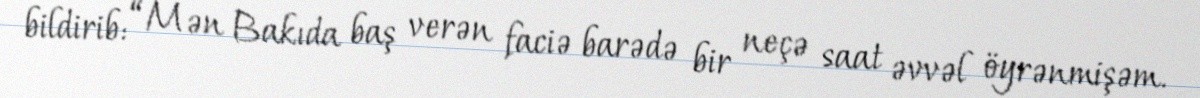
bildirib: “Mən Bakıda baş verən faciə barədə bir neçə saat əvvəl öyrənmişəm.